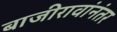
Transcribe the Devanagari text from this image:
बाजीरावांनंतर